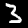
Label: 3